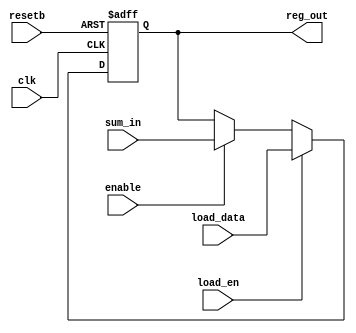
module veri_phase_comp_mux_reg (resetb, enable,sum_in,clk,reg_out,load_en,load_data);

input clk;
input resetb;
input enable;
input load_en;
input [9:0] load_data;
input [9:0] sum_in;
output [9:0] reg_out;
reg [9:0] reg_out;

always@(posedge clk or negedge resetb)
if(~resetb)
 reg_out <= 10'h200;
else
if(load_en)
  reg_out <= load_data;
else
if(enable)
  reg_out <= sum_in;

endmodule